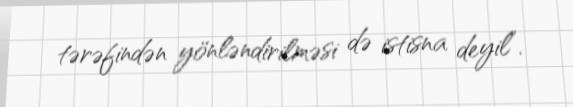
tərəfindən yönləndirilməsi də istisna deyil”.